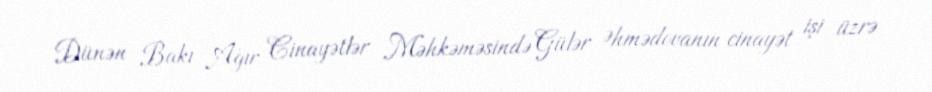
Dünən Bakı Ağır Cinayətlər Məhkəməsində Gülər Əhmədovanın cinayət işi üzrə